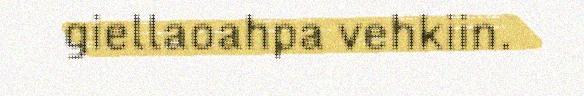
giellaoahpa vehkiin.